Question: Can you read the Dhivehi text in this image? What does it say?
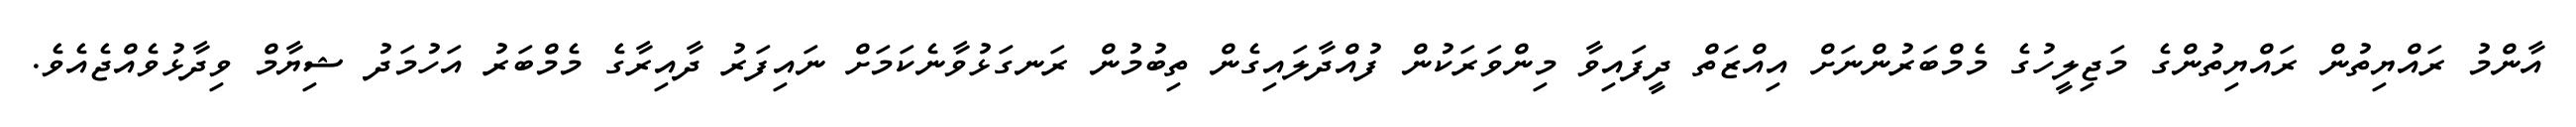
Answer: އާންމު ރައްޔިތުން ރައްޔިތުންގެ މަޖިލީހުގެ މެމްބަރުންނަށް އިއްޒަތް ދީފައިވާ މިންވަރަކުން ފުއްދާލައިގެން ތިބުމުން ރަނގަޅުވާނެކަމަށް ނައިފަރު ދާއިރާގެ މެމްބަރު އަހުމަދު ޝިޔާމް ވިދާޅުވެއްޖެއެވެ.